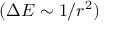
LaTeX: ( \Delta E \sim 1 / r ^ { 2 } )